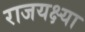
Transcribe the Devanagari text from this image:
राजयक्ष्या